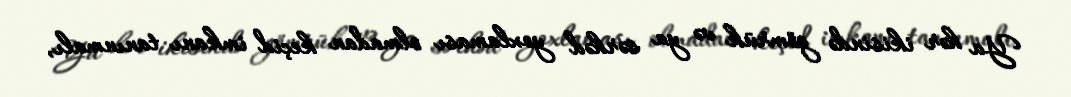
Ya hər ikisində gömrük və ya sərhəd yoxlaması olmadan keçid imkanı tanınmalı,